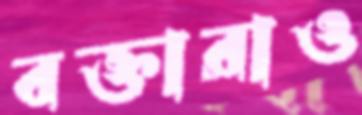
বক্তারাও